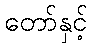
တော်နှင့်